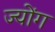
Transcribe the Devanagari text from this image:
ज्योंग